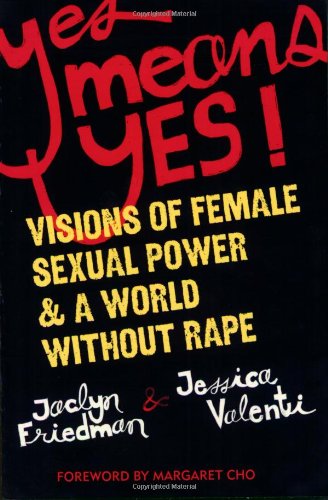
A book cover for Yes Means Yes!: Visions of Female Sexual Power and A World Without Rape; Jaclyn Friedman; Medical Books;